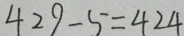
4 2 9 - 5 = 4 2 4